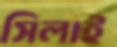
সিলাই